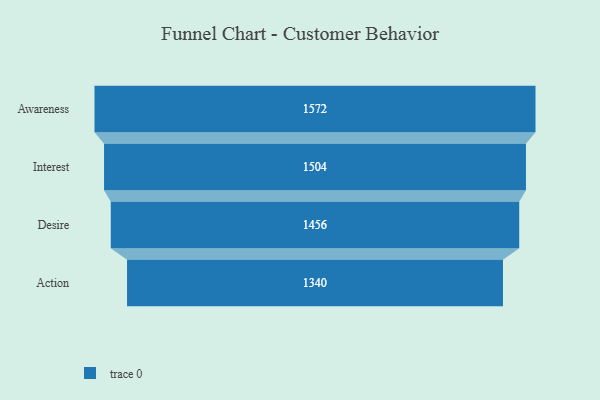
{"axis": {"x": "Stage", "y": "Value"}, "legend": [""], "data": [{"x": "Awareness", "y": 1572.0, "type": ""}, {"x": "Interest", "y": 1504.0, "type": ""}, {"x": "Desire", "y": 1456.0, "type": ""}, {"x": "Action", "y": 1340.0, "type": ""}]}